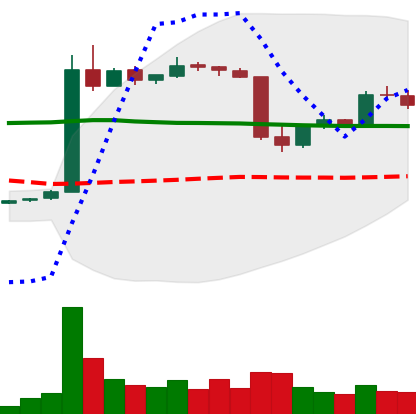
Ticker: LTC-USD
Chart end date: 2015-06-07
Forward return: 4.141%
Label: up_3_5